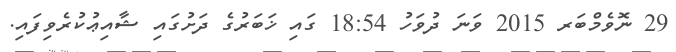
29 ނޮވެމްބަރ 2015 ވަނަ ދުވަހު 18:54 ގައި ޚަބަރުގެ ދަށުގައި ޝާއިޢުކުރެވިފައި.